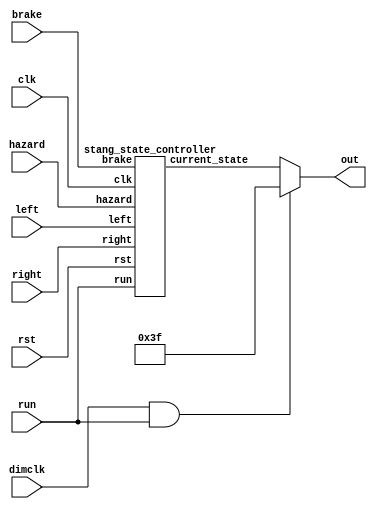
module wrapper(clk, dimclk, rst, left, right, brake, hazard, run, out);
  input clk, dimclk, rst, left, right, brake, hazard, run;
  output reg [5:0] out;
  wire [5:0] pattern;
  
  stang_state_controller sc(.clk(clk), .rst(rst), .left(left), .right(right), .brake(brake), .hazard(hazard), .run(run), .current_state(pattern));
  
  always @( * ) begin
    if (dimclk && run) begin
      out = 6'b111111;
    end else begin
      {out} = pattern;
    end
  end  
endmodule

module stang_state_controller(input clk, input rst, input left, input right, input brake, input hazard, input run, output reg [5:0] current_state);
  parameter state_off = 6'b000000;
  parameter state_brake = 6'b111111;
  parameter state_l1 = 6'b001000;
  parameter state_l2 = 6'b011000;
  parameter state_l3 = 6'b111000;
  parameter state_r1 = 6'b000100;
  parameter state_r2 = 6'b000110;
  parameter state_r3 = 6'b000111;
  parameter state_bl1 = 6'b001111;
  parameter state_bl2 = 6'b011111;
  parameter state_br1 = 6'b111100;
  parameter state_br2 = 6'b111110;
  
  reg [5:0] next_state;
  
  always @(posedge clk) begin
    if (rst) current_state <= state_off;
    else current_state <= next_state;
  end
  initial begin
    current_state = state_off;
    next_state = state_off;
  end
    
  always @( * ) begin
    next_state = current_state;
    case (current_state)
      state_off: begin
        if (brake && left && right) next_state = state_brake;
        else if (brake && left) next_state = state_r3;
        else if (brake && right) next_state = state_l3;
        else if (left && right) next_state = state_brake;
        else if (brake) next_state = state_brake;
        else if (hazard) next_state = state_brake;
        else if (left) next_state = state_l1;
        else if (right) next_state = state_r1;
        else begin next_state = state_off;
        end
      end
      state_l1: begin
        if (brake && left && right) next_state = state_brake;
        else if (brake && left) next_state = state_bl1;
        else if (left) next_state = state_l2;
        else if (brake) next_state = state_brake;
        else if (hazard) next_state = brake;
        else next_state = state_off;
        end
      state_l2: begin
        if (brake && left && right) next_state = state_brake;
        else if (brake && left) next_state = state_bl2;
        else if (left) next_state = state_l3;
        else if (brake) next_state = state_brake;
        else if (hazard) next_state = state_brake;
        else next_state = state_off;
        end
      state_l3: begin
        if (brake && left && right) next_state = state_brake;
        else if (brake && left) next_state = state_bl1;
        else if (brake && right) next_state = state_br1;
        else if (left) next_state = state_off;
        else if (brake) next_state = state_brake;
        else if (hazard) next_state = state_brake;
        else next_state = state_off;
        end
      state_r1: begin
        if (brake && left && right) next_state = state_brake;
        else if (brake && right) next_state = state_br1;
        else if (right) next_state = state_r2;
        else if (brake) next_state = state_brake;
        else if (hazard) next_state = state_brake;
        else next_state = state_off;
        end
      state_r2: begin
        if (brake && left && right) next_state = state_brake;
        else if (brake && right) next_state = state_br2;
        else if (right) next_state = state_r3;
        else if (brake) next_state = state_brake;
        else if (hazard) next_state = state_brake;
        else next_state = state_off;
        end
      state_r3: begin
        if (brake && left && right) next_state = state_brake;
        else if (brake && right && !left) next_state = state_br1;
        else if (brake && left && !right) next_state = state_bl1;
        else if (right && !brake && !left) next_state = state_off;
        else if (brake && !left && !right) next_state = state_brake;
        else if (hazard && !brake && !left && !right) next_state = state_brake;
        else next_state = state_off;
        end
      state_bl1: begin
        if (brake && left && right) next_state = state_brake;
        else if (brake && left) next_state = state_bl2;
        else if (left) next_state = state_l2;
        else if (brake) next_state = state_brake;
        else next_state = state_off;
        end
      state_bl2: begin
        if (brake && left && right) next_state = state_brake;
        else if (brake && left) next_state = state_brake;
        else if (left) next_state = state_l3;
        else if (brake) next_state = state_brake;
        else next_state = state_off;
        end
      state_br1: begin
        if (brake && left && right) next_state = state_brake;
        else if (brake && right) next_state = state_br2;
        else if (right) next_state = state_r1;
        else if (brake) next_state = state_brake;
        else next_state = state_off;
        end
      state_br2: begin
        if (brake && left && right) next_state = state_brake;
        else if (brake && right) next_state = state_brake;
        else if (right) next_state = state_r1;
        else if (brake) next_state = state_brake;
        else next_state = state_off;
        end
      state_brake: begin
        if (brake && left && right) next_state = state_brake;
        else if (left && right) next_state = state_off;
        else if (brake && left && !right) next_state = state_r3;
        else if (brake && right && !left) next_state = state_l3;
        else if (brake && !right && !left) next_state = state_brake;
        else if (hazard) next_state = state_off;
        else if (left && !brake) next_state = state_l1;
        else if (right && !brake) next_state = state_r1;
        else next_state = state_off;
        end
      endcase    
      end
endmodule